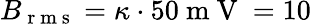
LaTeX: B_{\mathrm{~r~m~s~}}=\kappa\cdot 50\mathrm{~m~V~}=10